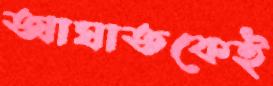
আঘাতকেই